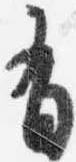
有